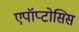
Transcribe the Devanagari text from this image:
एपॉप्टोसिस